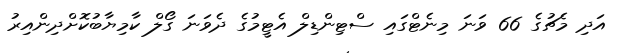
އަދި މެޗުގެ 66 ވަނަ މިނެޓްގައި ސްޓިންޑިލް އެޓީމުގެ ދެވަނަ ގޯލް ކާމިޔާބުކޮށްދިންއިރު